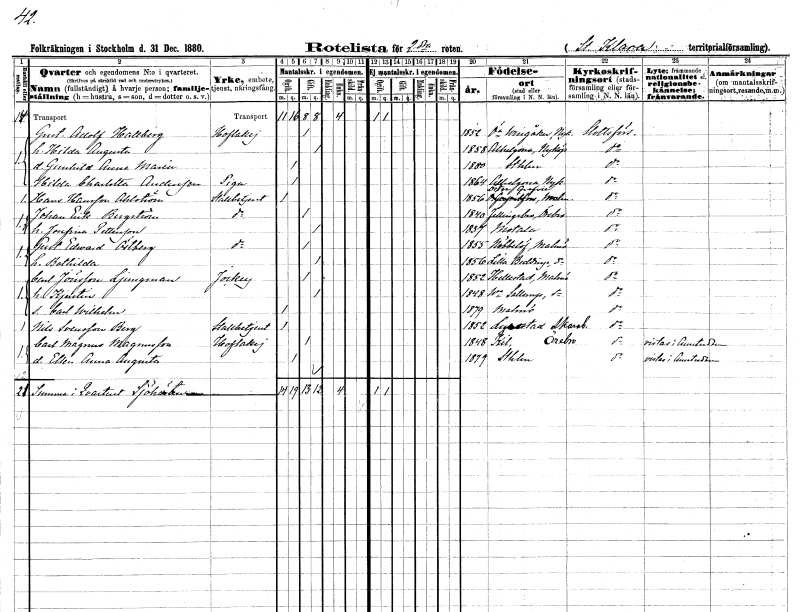
gt_parse: households: individuals: FN: Gustaf Adolf
EN: Hallberg
YRKE: Hovlakej
KON: M
CIV: G
FODAR: 1852
FODFORS: Östra Vingåker Södermanlands län
FN: Hilda Augusta
KON: K
CIV: G
FODAR: 1858
FODFORS: Allhelgona Östergötlands län
FN: Gunhild Anna Maria
KON: K
CIV: O
FODAR: 1880
FODFORS: Stockholm
FN: Hilda Charlotta
EN: Andersson
YRKE: Piga
KON: K
CIV: O
FODAR: 1864
FODFORS: Allhelgona Östergötlands län
FN: Hans
EN: Hansson Ahlström
YRKE: Stallbetjänt
KON: M
CIV: O
FODAR: 1856
FODFORS: Östra Grevie Malmöhus län
FN: Johan Erik
EN: Bergström
YRKE: Stallbetjänt
KON: M
CIV: G
FODAR: 1840
FODFORS: Fellingsbro Örebro län
FN: Josefina
EN: Pettersson
KON: K
CIV: G
FODAR: 1837
FODFORS: Motala Östergötlands län
FN: Gustaf Edward
EN: Östberg
YRKE: Stallbetjänt
KON: M
CIV: G
FODAR: 1855
FODFORS: Nöbbelöv Kristianstads län
FN: Bothilda
KON: K
CIV: G
FODAR: 1856
FODFORS: Lilla Beddinge Malmöhus län
FN: Carl
EN: Jönsson Ljungman
YRKE: Jockey
KON: M
CIV: G
FODAR: 1852
FODFORS: Hällestad Malmöhus län
FN: Kjerstin
KON: K
CIV: G
FODAR: 1848
FODFORS: Västra Sallerup Malmöhus län
FN: Carl Wilhelm
KON: M
CIV: O
FODAR: 1879
FODFORS: Malmö Malmöhus län
FN: Nils
EN: Svensson Berg
YRKE: Stallbetjänt
KON: M
CIV: O
FODAR: 1852
FODFORS: Lyrestad Skaraborgs län
FN: Carl Magnus
EN: Magnusson
YRKE: Hovlakej
KON: M
CIV: G
FODAR: 1848
FODFORS: Kil Örebro län
FN: Ellen Anna Augusta
KON: K
CIV: O
FODAR: 1879
FODFORS: Stockholm